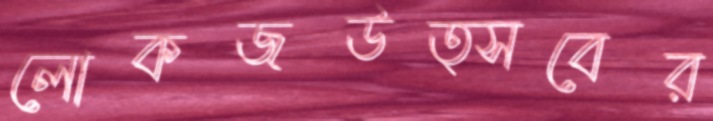
লোকজউত্সবের